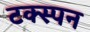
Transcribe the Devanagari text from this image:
टक्स्पन